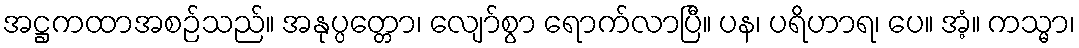
အဋ္ဌကထာအစဉ်သည်။ အနုပ္ပတ္တော၊ လျော်စွာ ရောက်လာပြီ။ ပန၊ ပရိဟာရ၊ ပေ။ အံ့။ ကသ္မာ၊